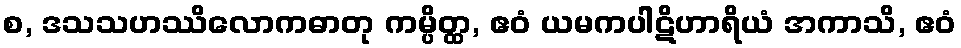
စ, ဒသသဟဿိလောကဓာတု ကမ္ပိတ္ထ, ဧဝံ ယမကပါဋိဟာရိယံ အကာသိ, ဧဝံ